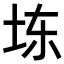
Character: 𪣆